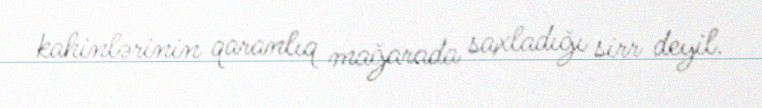
kahinlərinin qaranlıq mağarada saxladığı sirr deyil.